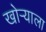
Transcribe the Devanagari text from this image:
खोऱ्याला